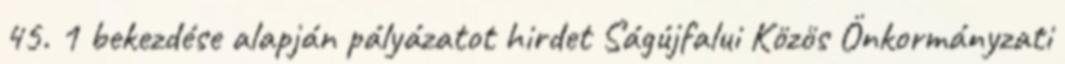
45. 1 bekezdése alapján pályázatot hirdet Ságújfalui Közös Önkormányzati